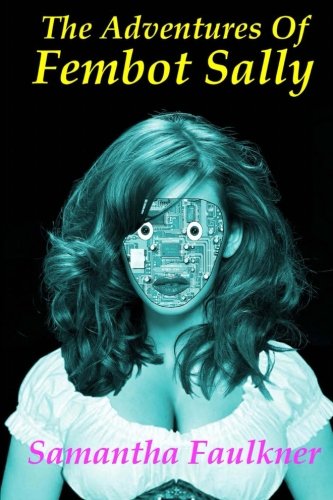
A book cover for The Adventures Of Fembot Sally; Samantha Faulkner; Literature & Fiction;